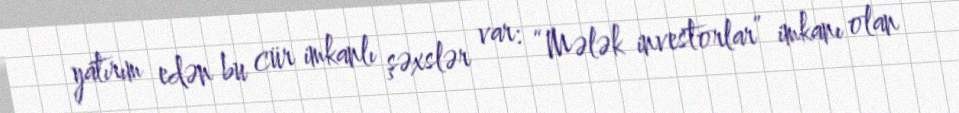
yatırım edən bu cür imkanlı şəxslər var: “Mələk investorlar” imkanı olan